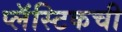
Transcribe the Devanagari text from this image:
प्लॅस्टिकची